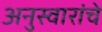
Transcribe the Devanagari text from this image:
अनुस्वारांचे